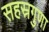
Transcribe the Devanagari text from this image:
सहस्रगुणा